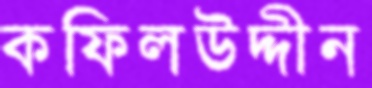
কফিলউদ্দীন